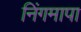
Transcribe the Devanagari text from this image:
निंगमापा